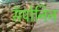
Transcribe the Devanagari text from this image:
सॅपोनिन